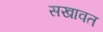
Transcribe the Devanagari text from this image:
सखावत